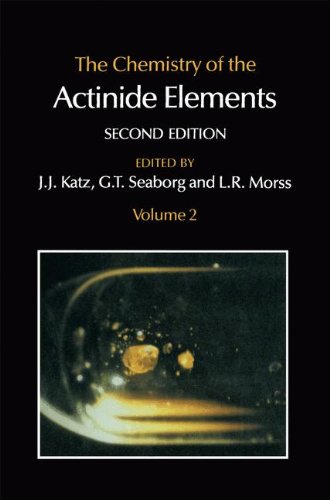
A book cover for Chemistry of the Actinide Elements Volume 2; G.T. Seaborg; Science & Math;